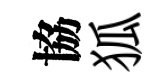
協狐